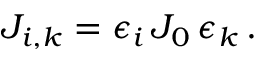
J _ { i , k } = \epsilon _ { i } \, J _ { 0 } \, \epsilon _ { k } \, .